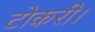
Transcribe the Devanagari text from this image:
टोकरी।